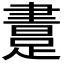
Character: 𨃲